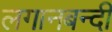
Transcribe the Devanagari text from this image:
लगानबन्दी